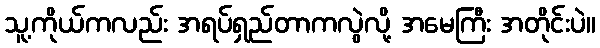
သူ့ကိုယ်ကလည်း အရပ်ရှည်တာကလွဲလို့ အမေကြီး အတိုင်းပဲ။